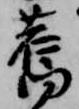
旧